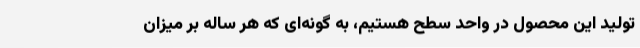
تولید این محصول در واحد سطح هستیم، به گونه‌ای که هر ساله بر میزان